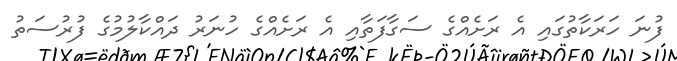
ފުނަ ހަރަކާތުގައި އެ ރަށެއްގެ ސަގާފަތާއި އެ ރަށެއްގެ ހުނަރު ދައްކާލުމުގެ ފުރުސަތު